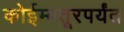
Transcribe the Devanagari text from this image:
कोईम्बतूरपर्यंत